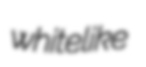
whitelike